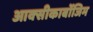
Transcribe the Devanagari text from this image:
आक्‍सीकार्बोजिम